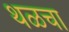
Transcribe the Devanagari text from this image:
थळचा